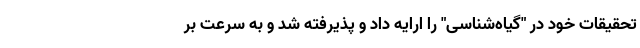
تحقیقات خود در "گیاه‌شناسی" را ارایه داد و پذیرفته شد و به سرعت بر